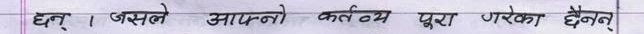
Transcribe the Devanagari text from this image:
घट् । जसले आफ्नो कर्तव्य पूरा गरेका छैनन्